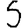
Digit: 5